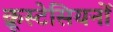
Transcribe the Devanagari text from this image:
क्रूस्टेसियनों